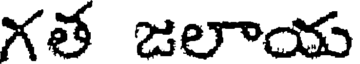
గత జలాయ